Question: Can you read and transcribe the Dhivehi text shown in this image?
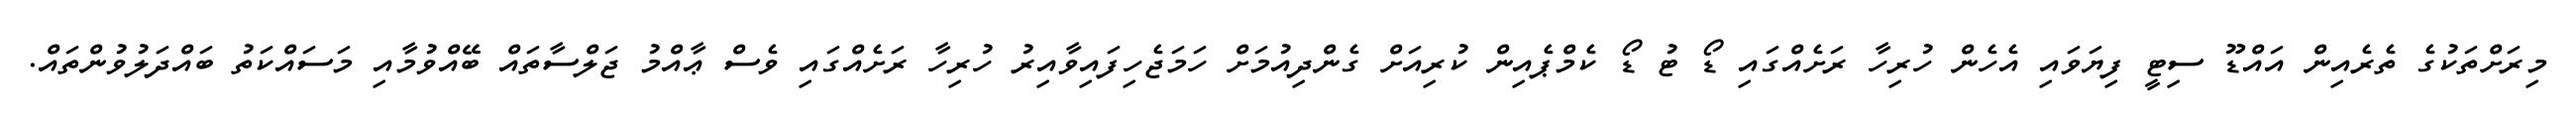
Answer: މިރަށްތަކުގެ ތެރެއިން އައްޑޫ ސިޓީ ފިޔަވައި އެހެން ހުރިހާ ރަށެއްގައި ޑޯ ޓު ޑޯ ކެމްޕެއިން ކުރިއަށް ގެންދިއުމަށް ހަމަޖެހިފައިވާއިރު ހުރިހާ ރަށެއްގައި ވެސް ޢާއްމު ޖަލްސާތައް ބޭއްވުމާއި މަސައްކަތު ބައްދަލުވުންތައް.